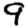
Digit: 9